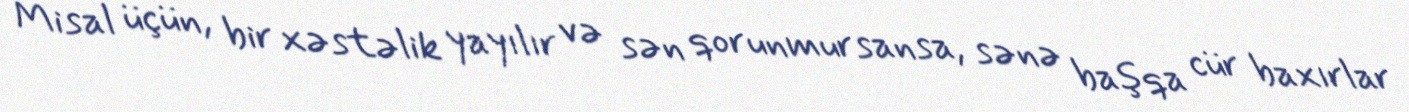
Misal üçün, bir xəstəlik yayılır və sən qorunmursansa, sənə başqa cür baxırlar